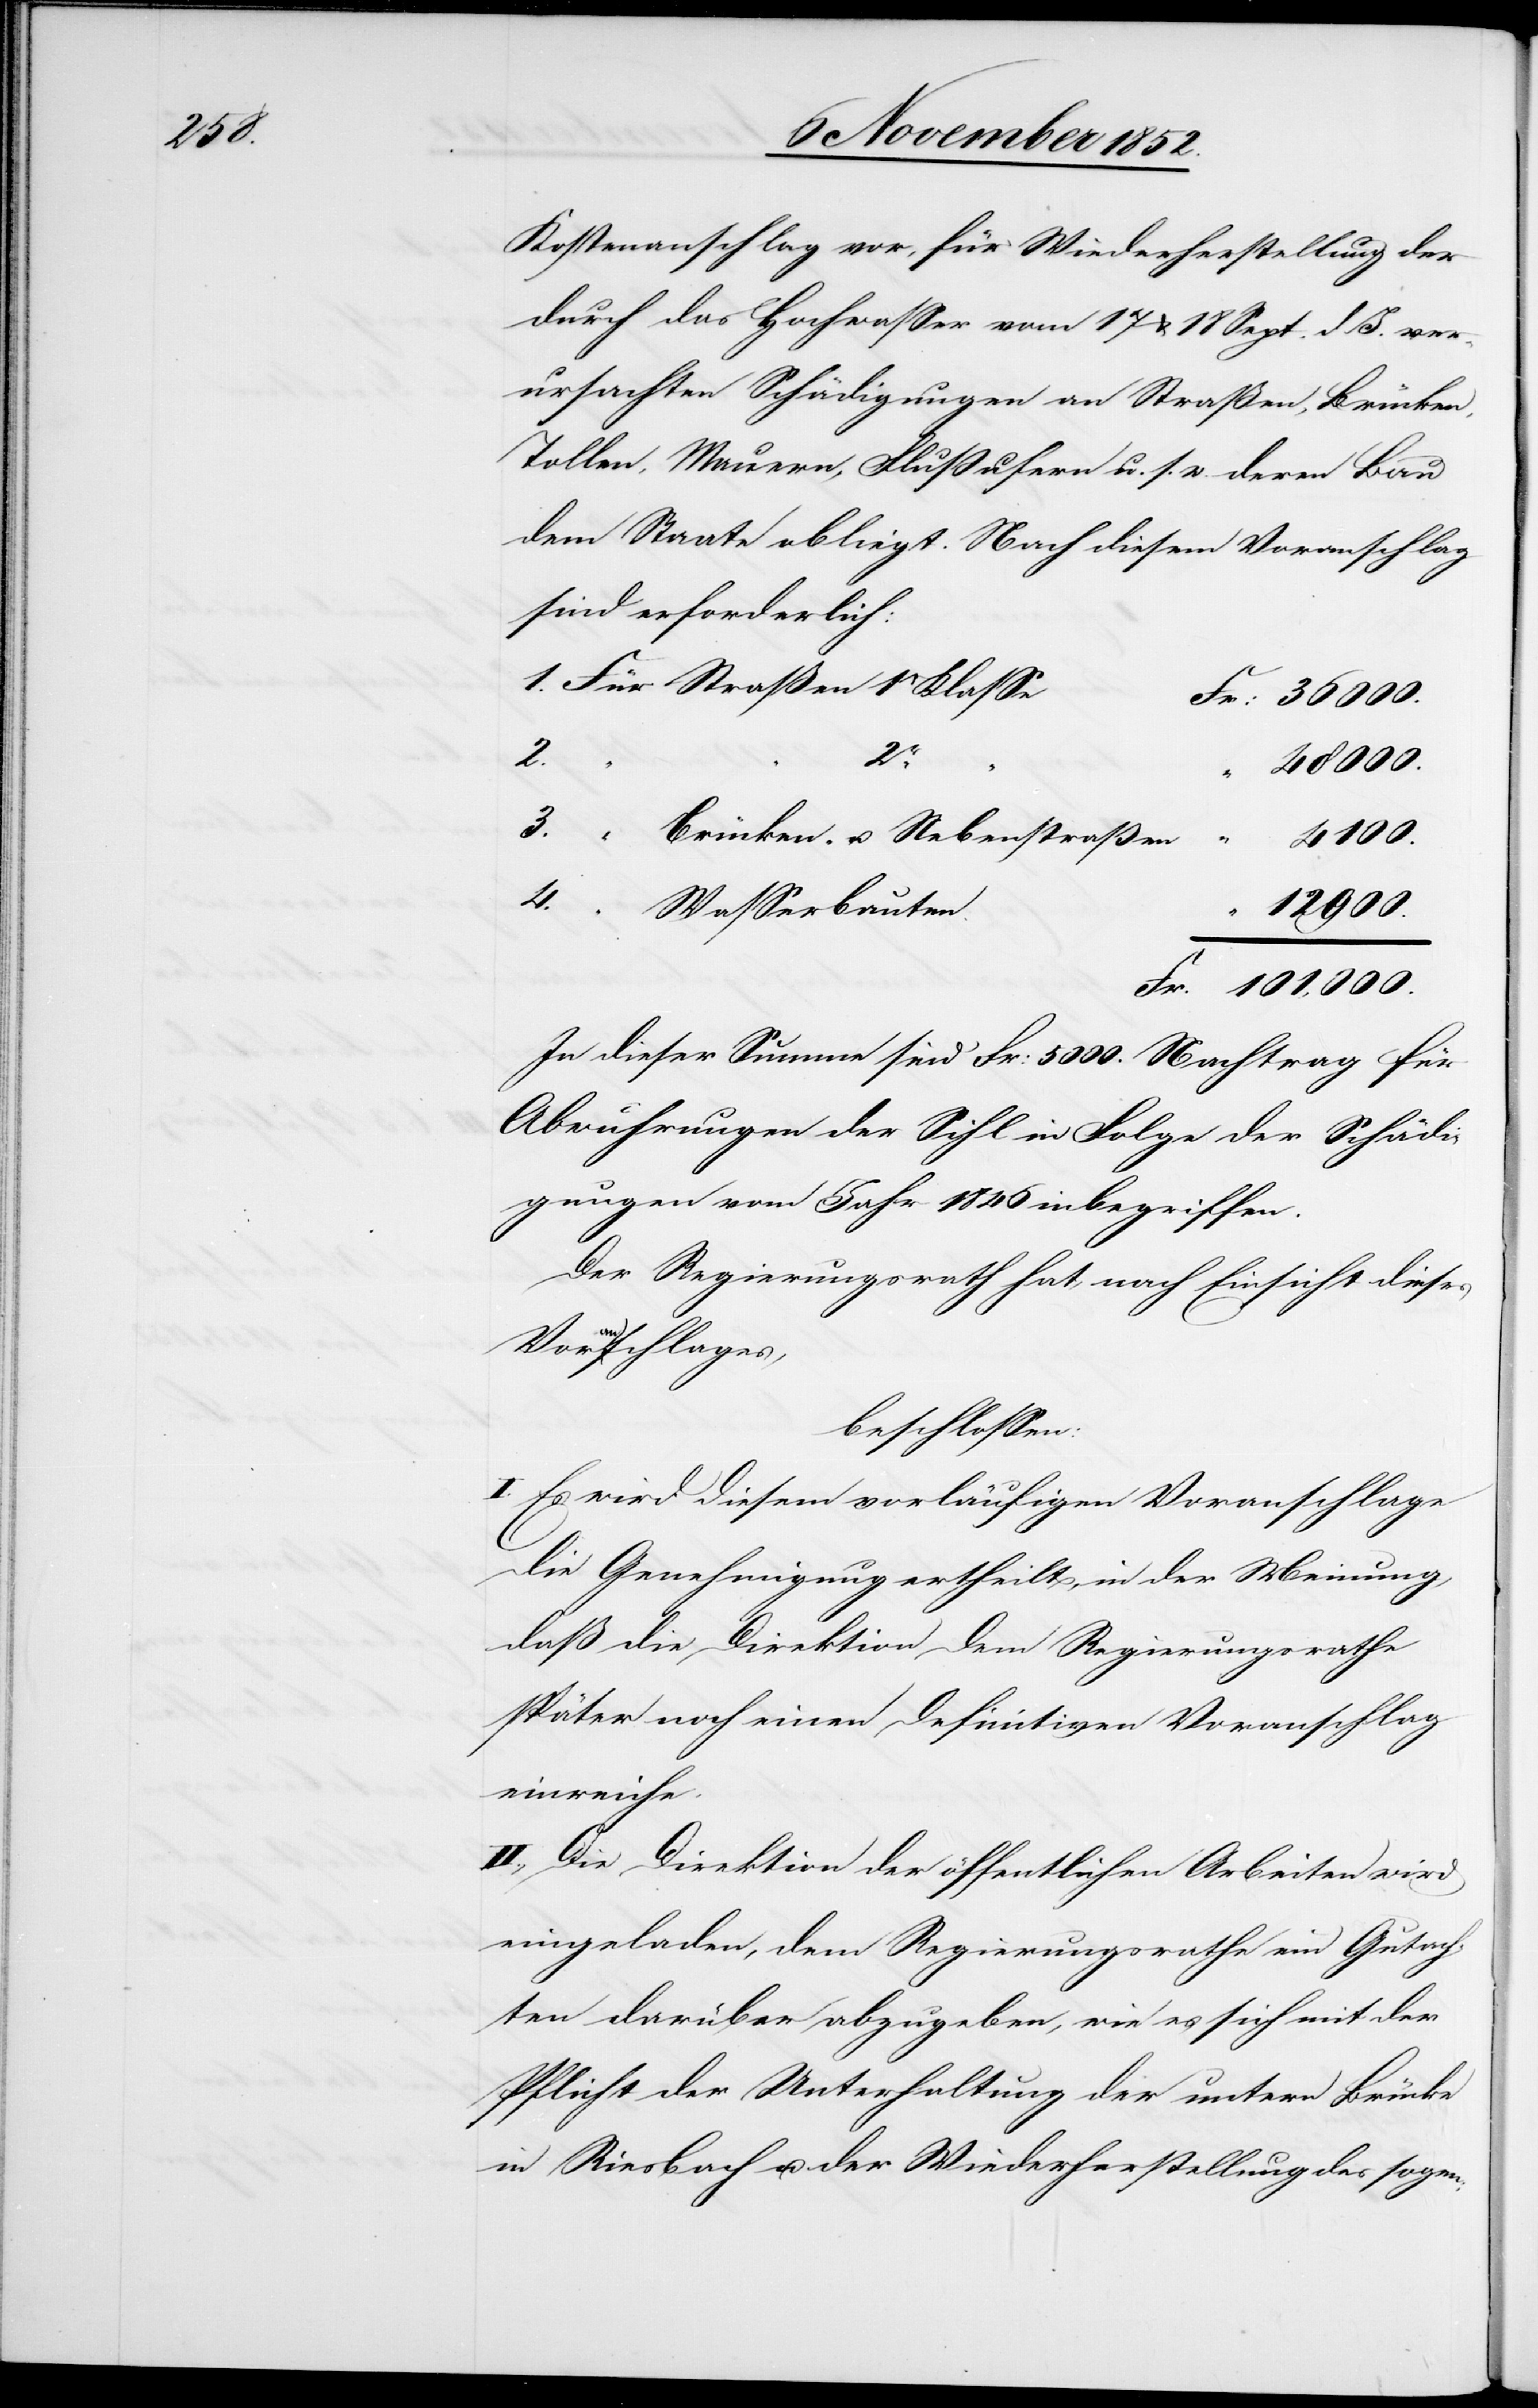
Kosten[vor]anschlag vor, für Wiederherstellung der
durch das Hochwasser vom 17 & 18 Sept. d J. ver¬
ursachten Schädigungen an Straßen, Brücken,
Tollen, Mauern, Flußufern u. s. w. deren Bau
dem Staate obliegt. Nach diesem Voranschlag
sind erforderlich:
Für Straßen 1r Klasse
3.
4.
101,000.
“ Brücken- u. Nebenstraßen
“ Wasserbauten
12 900.
In dieser Summe sind Fr: 5000. Nachtrag für
Abwuhrungen der Sihl in Folge der Schädi¬
gungen vom Jahr 1846 inbegriffen.
Der Regierungsrath hat, nach Einsicht dieses
Voranschlages,
beschlossen:
Es wird diesem vorläufigen Voranschlage
die Genehmigung ertheilt, in der Meinung,
daß die Direktion dem Regierungsrathe
später noch einen definitiven Voranschlag
einreiche.
II., Die Direktion der öffentlichen Arbeiten wird
eingeladen, dem Regierungsrathe ein Gutach¬
ten darüber abzugeben, wie es sich mit der
Pflicht der Unterhaltung der untern Brücke
in Riesbach u. der Wiederherstellung des sogen: